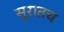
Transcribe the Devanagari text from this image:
सुरातच